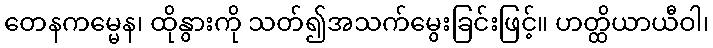
တေနကမ္မေန၊ ထိုနွားကို သတ်၍အသက်မွေးခြင်းဖြင့်။ ဟတ္ထိယာယီဝါ၊